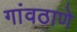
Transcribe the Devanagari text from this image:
गांवठाणे